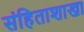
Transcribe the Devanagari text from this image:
संहिताशाखा